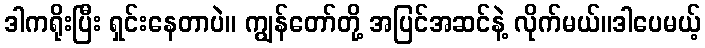
ဒါကရိုးပြီး ရှင်းနေတာပဲ။ ကျွန်တော်တို့ အပြင်အဆင်နဲ့ လိုက်မယ်။ဒါပေမယ့်